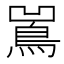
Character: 𱈢